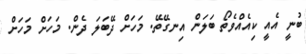
ބުނީ އެއީ ކިއެއްވެތޯ ބަލަން އިނގޭތޭ. މަހަށް ދޭބަލަ ދެން. މަހަށް މަހަށް